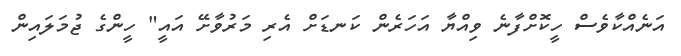
އަނެއްކާވެސް ހީކޮށްފާނެ ވިއްޔާ އަހަރެން ކަނޑަށް އެރި މަރުވާށޭ އައީ" ހީންގެ ޖުމަލައިން